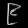
Digit: ၉